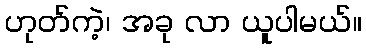
ဟုတ်ကဲ့၊ အခု လာ ယူပါမယ်။